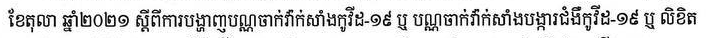
ខែតុលា ឆ្នាំ២០២១ ស្ដីពីការបង្ហាញបណ្ណចាក់វ៉ាក់សាំងកូវីដ-១៩ ឬ បណ្ណចាក់វ៉ាក់សាំងបង្ការជំងឺកូវីដ-១៩ ឬ លិខិត